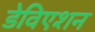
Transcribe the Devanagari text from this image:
डेविएशन